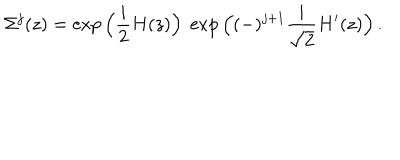
\Sigma ^ { j } ( z ) = \exp \Big ( { \frac { i } { 2 } } H ( z ) \Big ) \; \exp \Big ( ( - ) ^ { j + 1 } { \frac { i } { \sqrt 2 } } { H ^ { \prime } } ( z ) \Big ) \, .